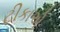
ટીકાએ